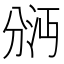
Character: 𫦇